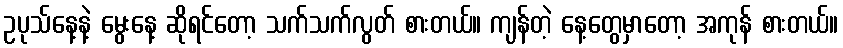
ဥပုသ်နေ့နဲ့ မွေးနေ့ ဆိုရင်တော့ သက်သက်လွတ် စားတယ်။ ကျန်တဲ့ နေ့တွေမှာတော့ အကုန် စားတယ်။